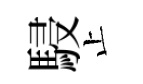
駸止